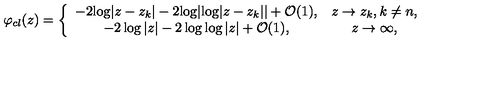
\varphi _ { c l } ( z ) = \left\{ \begin{array} { c c } { - 2 { \log } | z - z _ { k } | - 2 { \log } | { \log } | z - z _ { k } | | + { \cal O } ( 1 ) , } & { z \to z _ { k } , k \ne n , } \\ { - 2 \log | z | - 2 \log \log | z | + { \cal O } ( 1 ) , } & { z \to \infty , } \\ \end{array} \right.